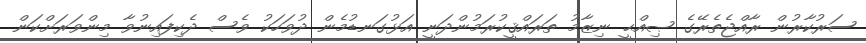
ސަރުކާރުން ރާއްޖެތެރޭގެ ޞިއްޙީ ނިޒާމު ތަރައްޤީކުރަމުންދަނީ އަޅުގަނޑުމެން ދުވަހަކު ވެސް ދެކިފައިނުވާ މިންވަރަށްކަން